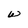
Character: w